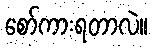
စော်ကားရတာလဲ။